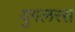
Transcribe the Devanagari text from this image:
युगलरस